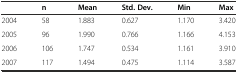
<table><thead><tr><td></td><td><b>n</b></td><td><b>Mean</b></td><td><b>Std. Dev.</b></td><td><b>Min</b></td><td><b>Max</b></td></tr></thead><tbody><tr><td>2004</td><td>58</td><td>1.883</td><td>0.627</td><td>1.170</td><td>3.420</td></tr><tr><td>2005</td><td>96</td><td>1.990</td><td>0.766</td><td>1.166</td><td>4.153</td></tr><tr><td>2006</td><td>106</td><td>1.747</td><td>0.534</td><td>1.161</td><td>3.910</td></tr><tr><td>2007</td><td>117</td><td>1.494</td><td>0.475</td><td>1.114</td><td>3.587</td></tr></tbody></table>